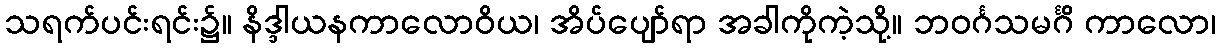
သရက်ပင်းရင်း၌။ နိဒ္ဒါယနကာလောဝိယ၊ အိပ်ပျော်ရာ အခါကိုကဲ့သို့။ ဘဝင်္ဂသမင်္ဂိ ကာလော၊